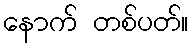
နောက် တစ်ပတ်။